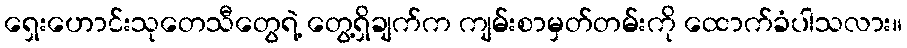
ရှေးဟောင်းသုတေသီတွေရဲ့ တွေ့ရှိချက်က ကျမ်းစာမှတ်တမ်းကို ထောက်ခံပါသလား။